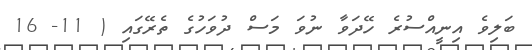
ބަލިވެ އިނީއްސުރެ ހޭދަވާ ނުވަ މަސް ދުވަހުގެ ތެރޭގައި ( 11- 16